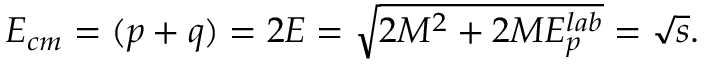
E _ { c m } = ( p + q ) = 2 E = \sqrt { 2 M ^ { 2 } + 2 M E _ { p } ^ { l a b } } = \sqrt { s } .